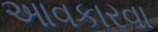
આવકારવા